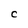
Character: C